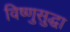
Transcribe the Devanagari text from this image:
विष्णुसुद्धा